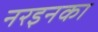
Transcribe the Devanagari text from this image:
नरइनका